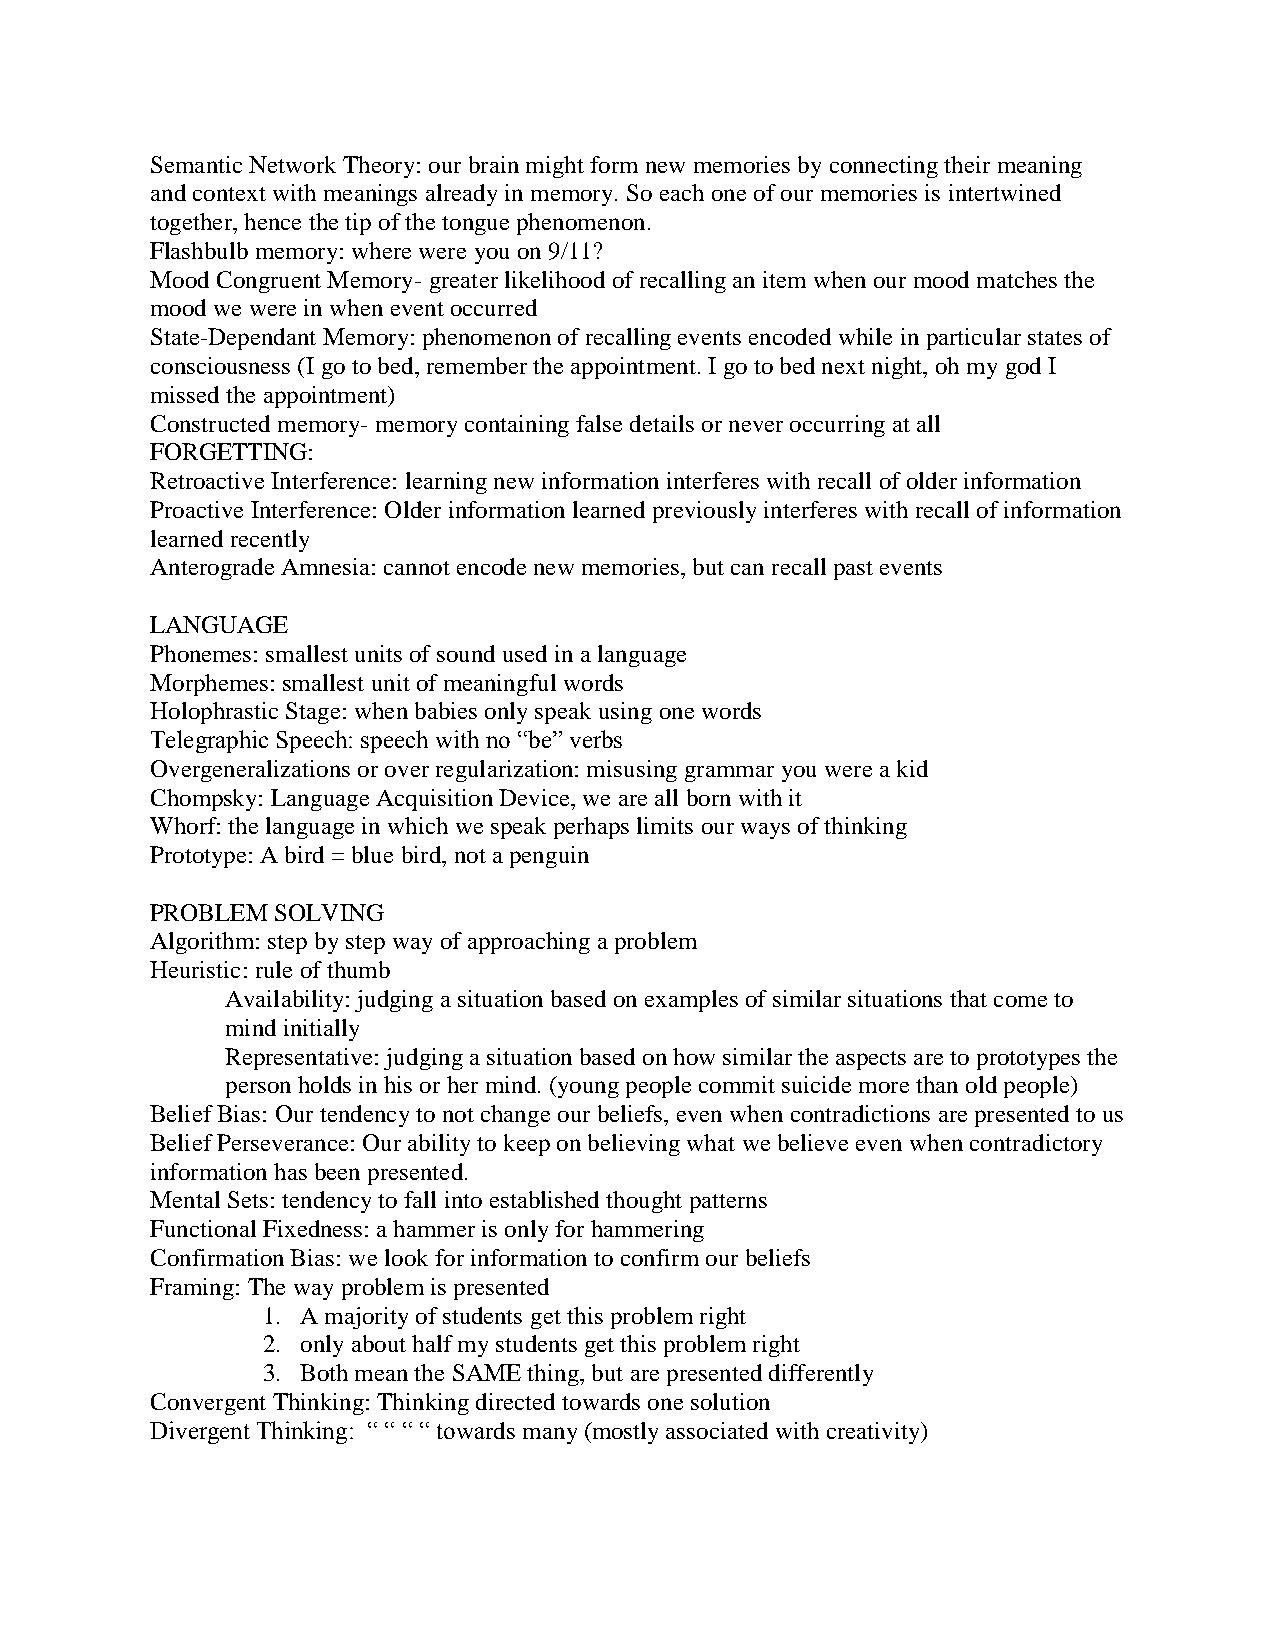
Semantic Network Theory: our brain might form new memories by connecting their meaning
 and context with meanings already in memory. So each one of our memories is intertwined
 together, hence the tip of the tongue phenomenon.
 Flashbulb memory: where were you on 9/11?
 Mood Congruent Memory- greater likelihood of recalling an item when our mood matches the
 mood we were in when event occurred
 State-Dependant Memory: phenomenon of recalling events encoded while in particular states of
 consciousness (I go to bed, remember the appointment. I go to bed next night, oh my god I
 missed the appointment)
 Constructed memory- memory containing false details or never occurring at all
 FORGETTING:
 Retroactive Interference: learning new information interferes with recall of older information
 Proactive Interference: Older information learned previously interferes with recall of information
 learned recently
 Anterograde Amnesia: cannot encode new memories, but can recall past events
 LANGUAGE
 Phonemes: smallest units of sound used in a language
 Morphemes: smallest unit of meaningful words
 Holophrastic Stage: when babies only speak using one words
 Telegraphic Speech: speech with no “be” verbs
 Overgeneralizations or over regularization: misusing grammar you were a kid
 Chompsky: Language Acquisition Device, we are all born with it
 Whorf: the language in which we speak perhaps limits our ways of thinking
 Prototype: A bird = blue bird, not a penguin
 PROBLEM SOLVING
 Algorithm: step by step way of approaching a problem
 Heuristic: rule of thumb
 Availability: judging a situation based on examples of similar situations that come to
 mind initially
 Representative: judging a situation based on how similar the aspects are to prototypes the
 person holds in his or her mind. (young people commit suicide more than old people)
 Belief Bias: Our tendency to not change our beliefs, even when contradictions are presented to us
 Belief Perseverance: Our ability to keep on believing what we believe even when contradictory
 information has been presented.
 Mental Sets: tendency to fall into established thought patterns
 Functional Fixedness: a hammer is only for hammering
 Confirmation Bias: we look for information to confirm our beliefs
 Framing: The way problem is presented
 1. A majority of students get this problem right
 2. only about half my students get this problem right
 3. Both mean the SAME thing, but are presented differently
 Convergent Thinking: Thinking directed towards one solution
 Divergent Thinking: “ “ “ “ towards many (mostly associated with creativity)